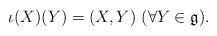
LaTeX: \begin{align*}\iota(X)(Y)=(X,Y)\ (\forall Y\in\mathfrak{g}).\end{align*}